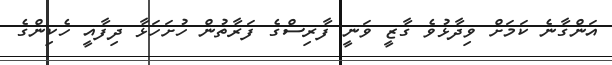
އަންގާނެ ކަމަށް ވިދާޅުވެ ގާޒީ ވަނީ ފާރިސްގެ ފަރާތުން ހުށަހަޅާ ދިފާއީ ހެކިންގެ